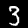
Digit: 3